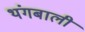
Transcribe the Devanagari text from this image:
थंगबाली